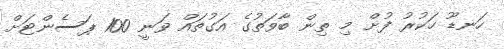
ހަނޑޫ ހަކުރު ފުށް މި ތިން ބާވަތުގެ އަގުތައް ވަނީ 100 ޕަސެންޓަށް